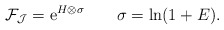
\begin{align*}{\cal F}_{\cal J}= {\rm e}^{H \otimes \sigma} \qquad\sigma=\ln (1+E).\end{align*}